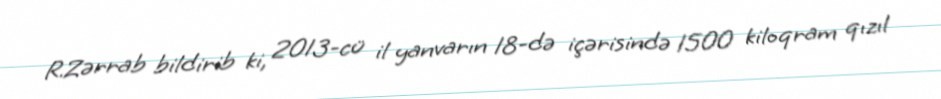
R.Zərrab bildirib ki, 2013-cü il yanvarın 18-də içərisində 1500 kiloqram qızıl